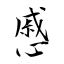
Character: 慼